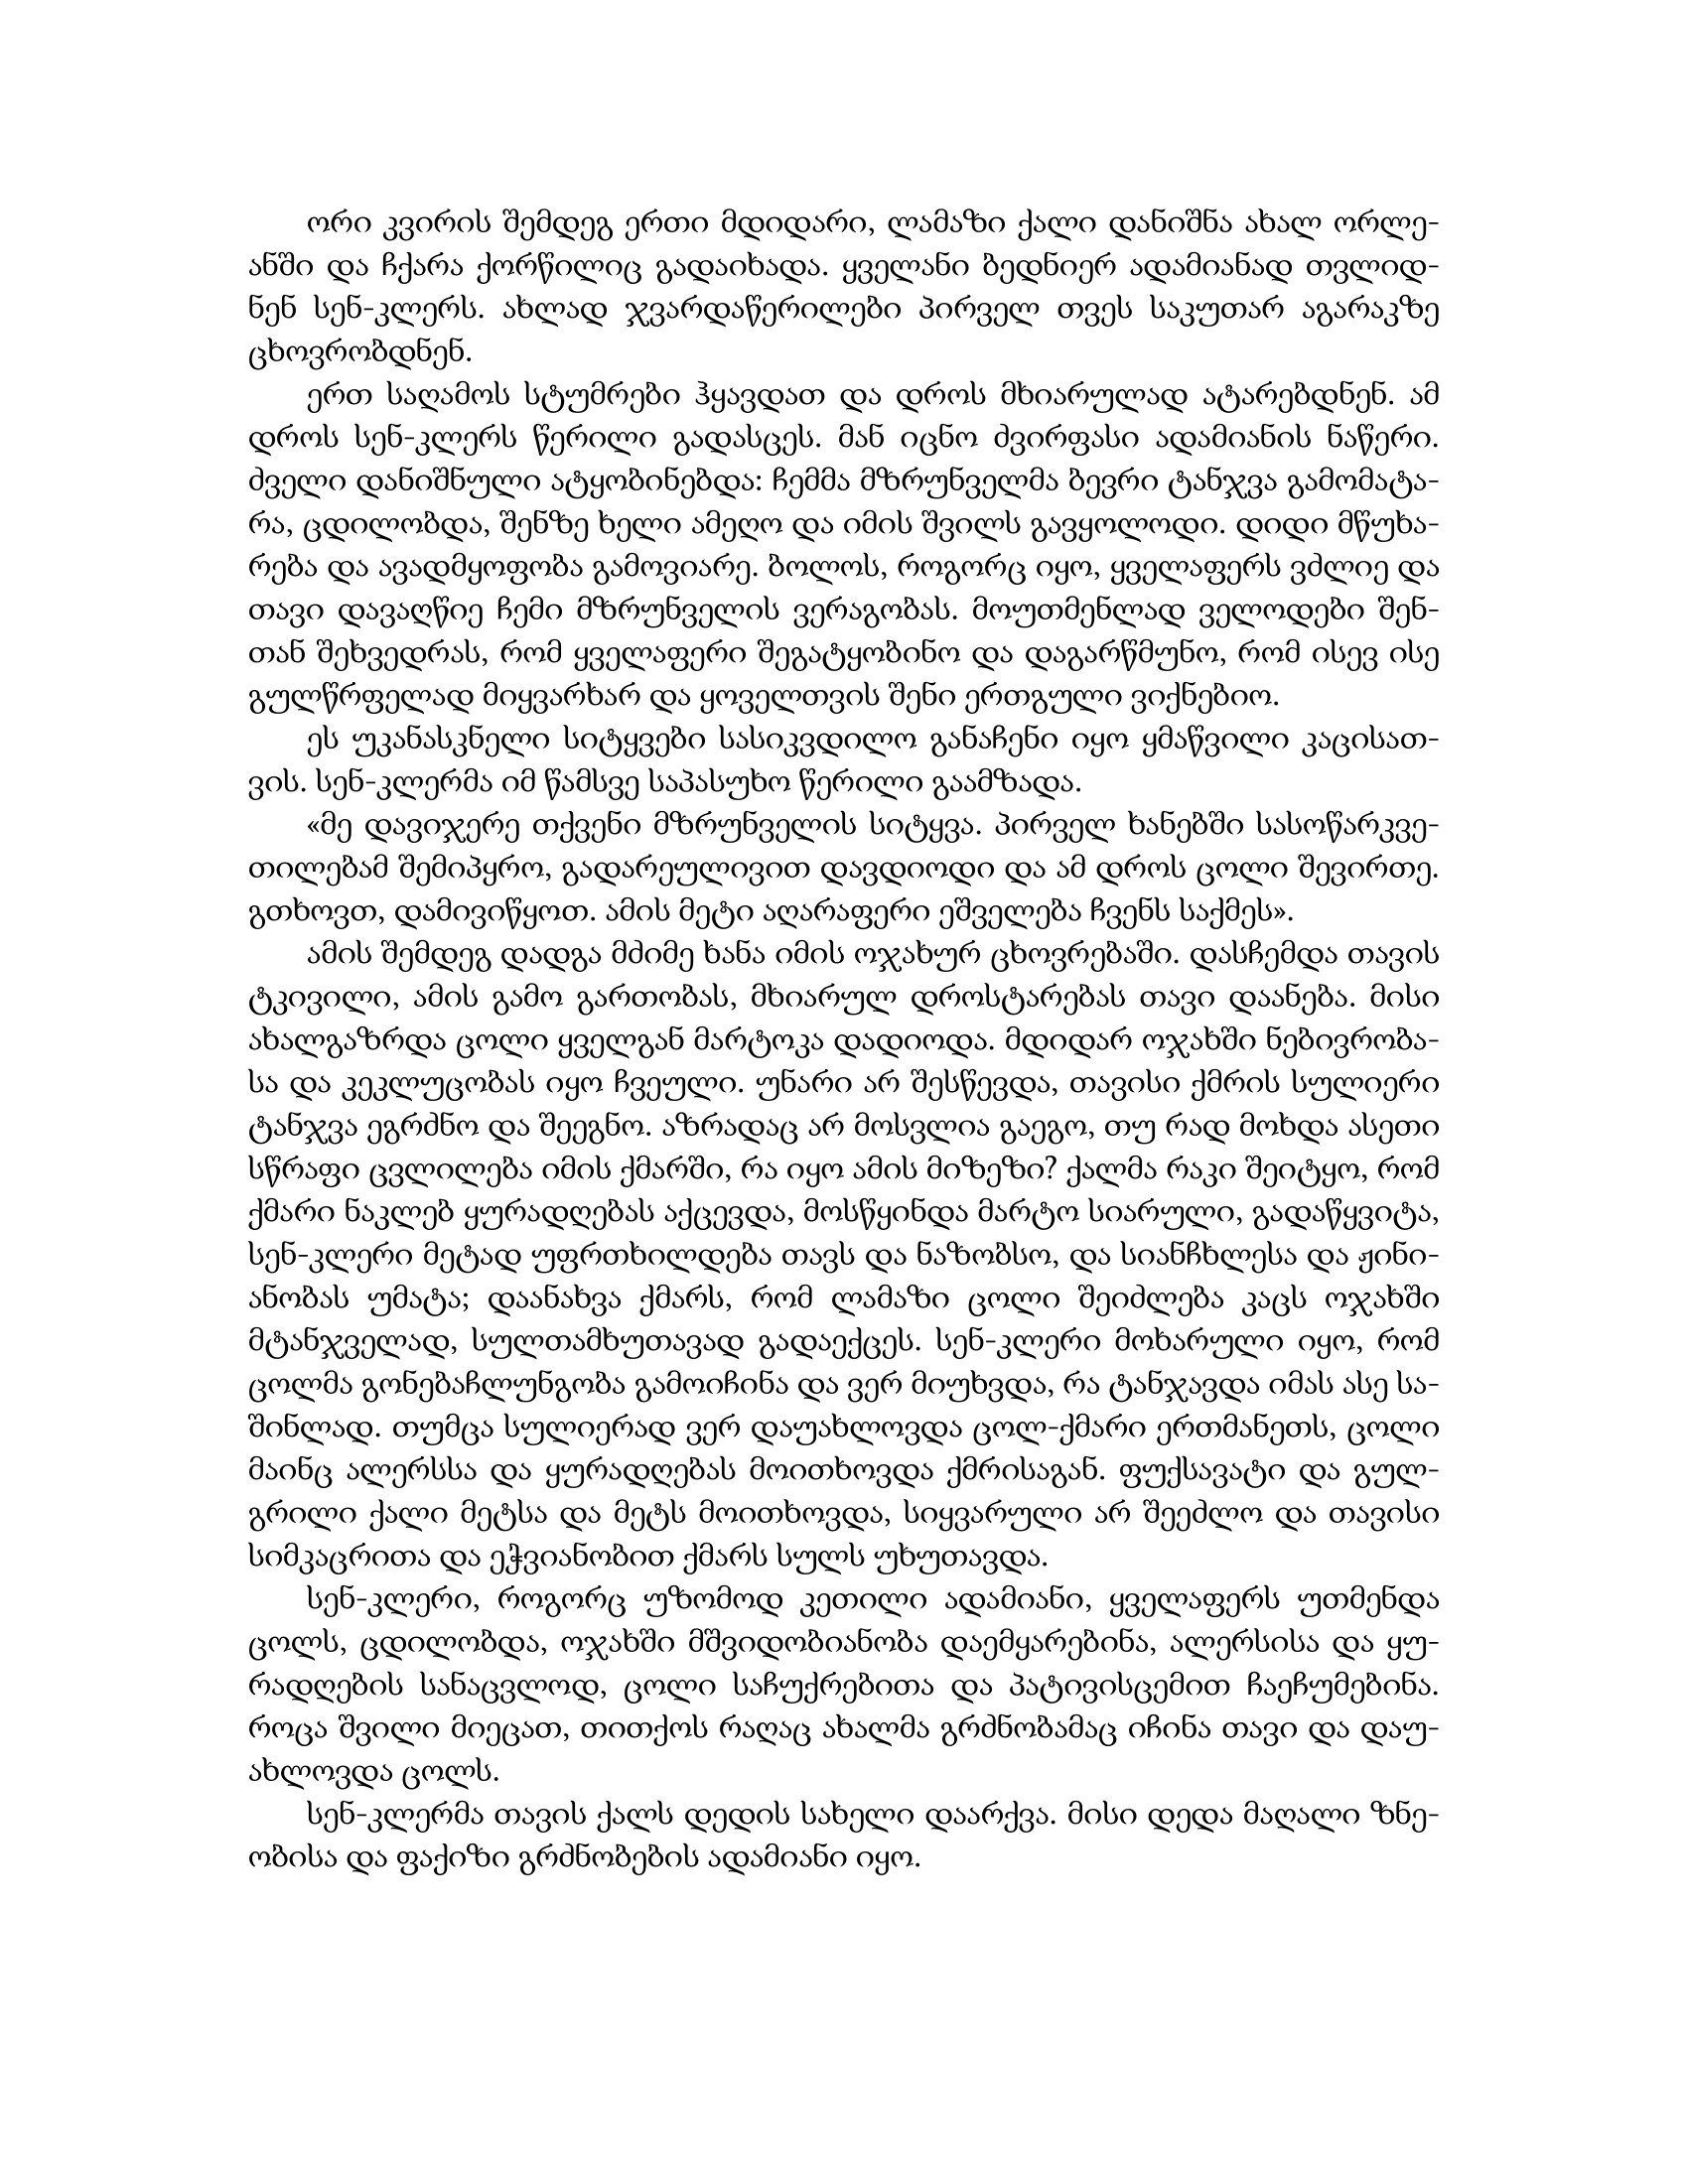
Language: gr